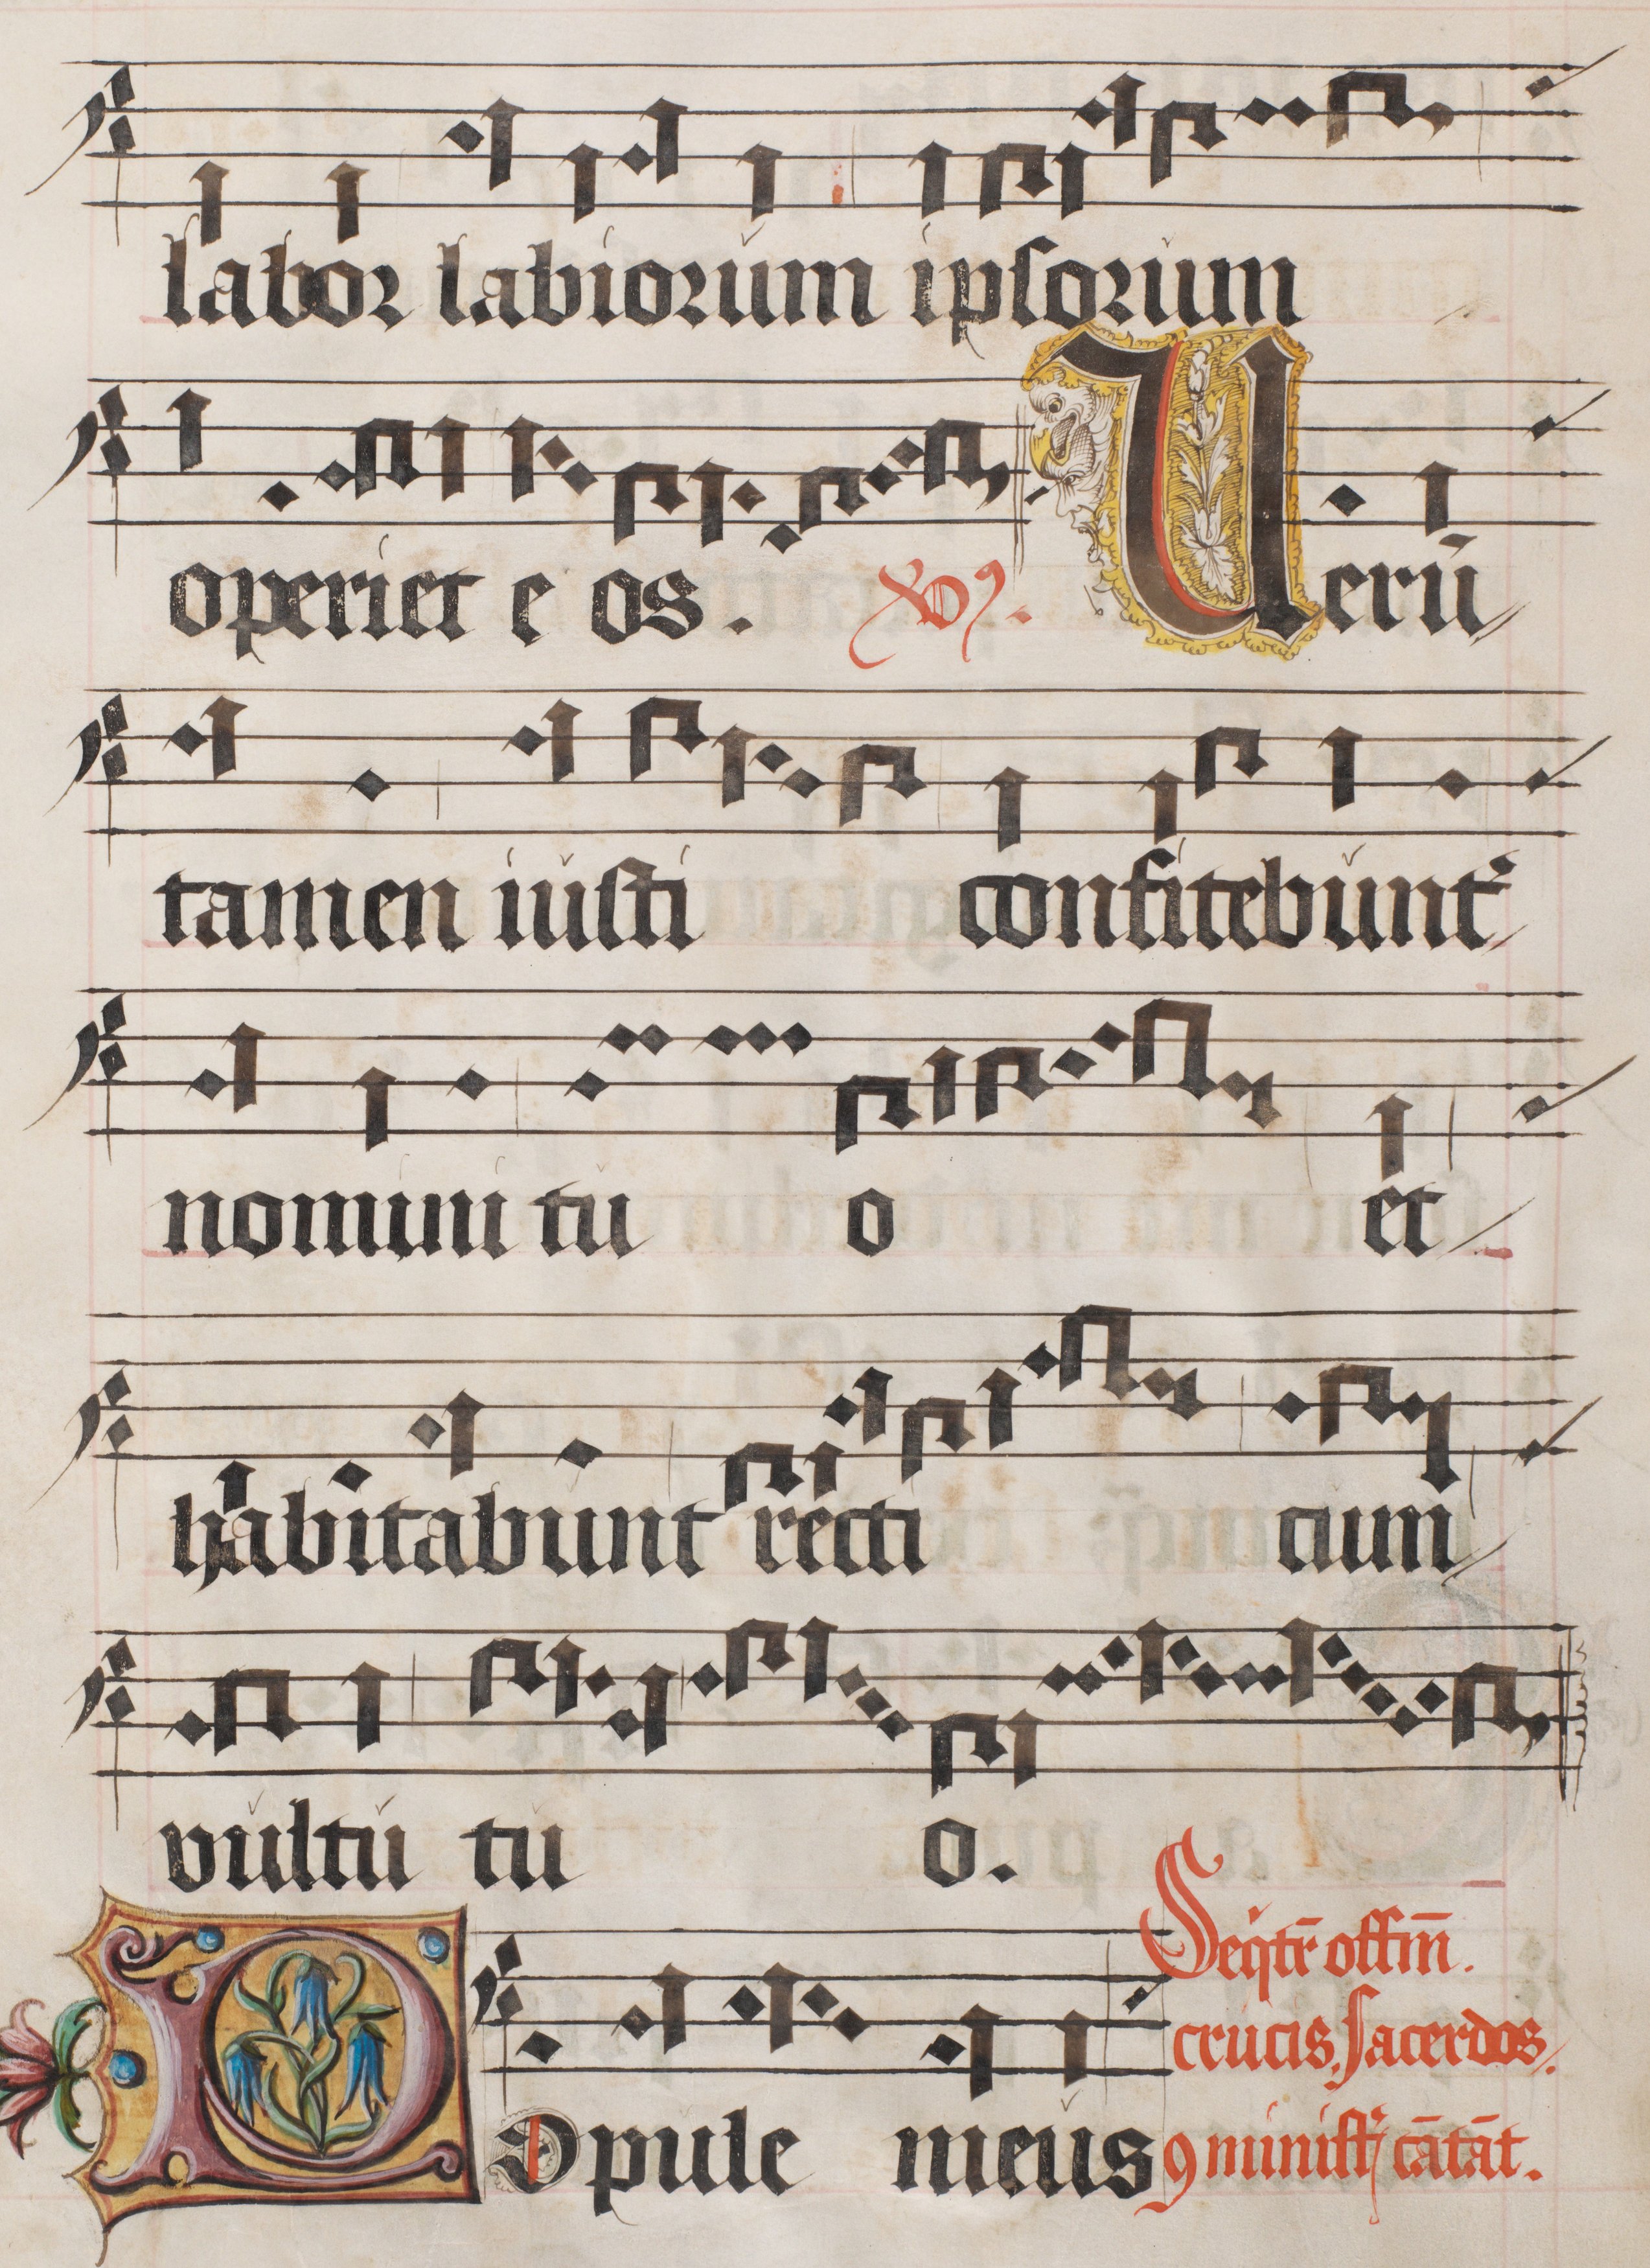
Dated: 1556–1559